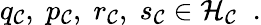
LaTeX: q_{\cal C},\; p_{\cal C},\; r_{\cal C},\; s_{\cal C}\in{\cal H}_{\cal C}\; \; .